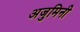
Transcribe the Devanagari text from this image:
अजुमिनी